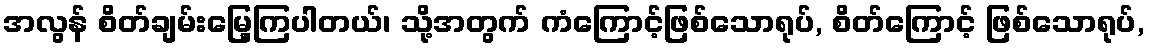
အလွန် စိတ်ချမ်းမြေ့ကြပါတယ်၊ သို့အတွက် ကံကြောင့်ဖြစ်သောရုပ်, စိတ်ကြောင့် ဖြစ်သောရုပ်,